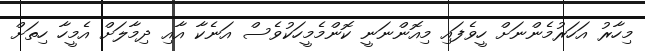
މިހާރު އަހަރުމެންނަށް ހީވެފައި މިއޮންނަނީ ކޮންމެމީހަކުވެސް އަނެކާ އާއި ދިމާލަށް އެމީހާ ހިތަށް